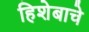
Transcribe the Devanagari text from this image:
हिशेबाचे